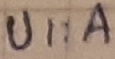
Text: Ui:A